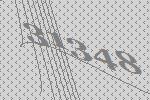
31348